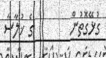
ގުޅޭގޮތުން        ގެ ޚުލާސާ